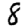
Digit: 8